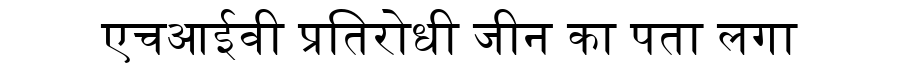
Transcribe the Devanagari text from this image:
एचआईवी प्रतिरोधी जीन का पता लगा